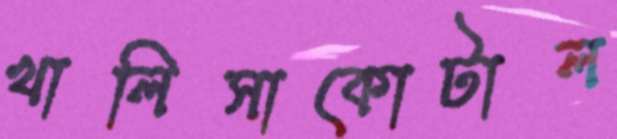
খালিসাকোটাল